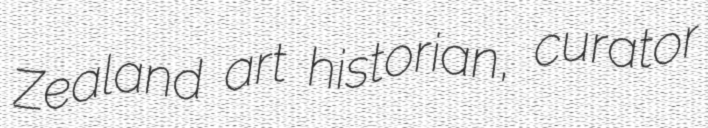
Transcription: Zealand art historian, curator